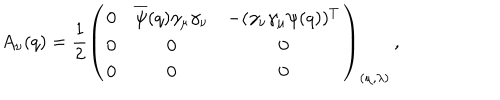
A _ { \nu } ( q ) = \frac { 1 } { 2 } \left( \begin{array} { c c c } { { 0 } } & { { \overline { { \psi } } ( q ) \gamma _ { \mu } \gamma _ { \nu } } } & { { - ( \gamma _ { \nu } \gamma _ { \mu } \psi ( q ) ) ^ { T } } } \\ { { 0 } } & { { 0 } } & { { 0 } } \\ { { 0 } } & { { 0 } } & { { 0 } } \\ \end{array} \right) _ { ( \mu , \lambda ) } \, ,